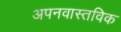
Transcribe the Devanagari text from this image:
अपनवास्तविक